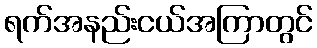
ရက်အနည်းငယ်အကြာတွင်